Indian journal of veterinary science and animal husbandry - Volume 1,
Year: 1931
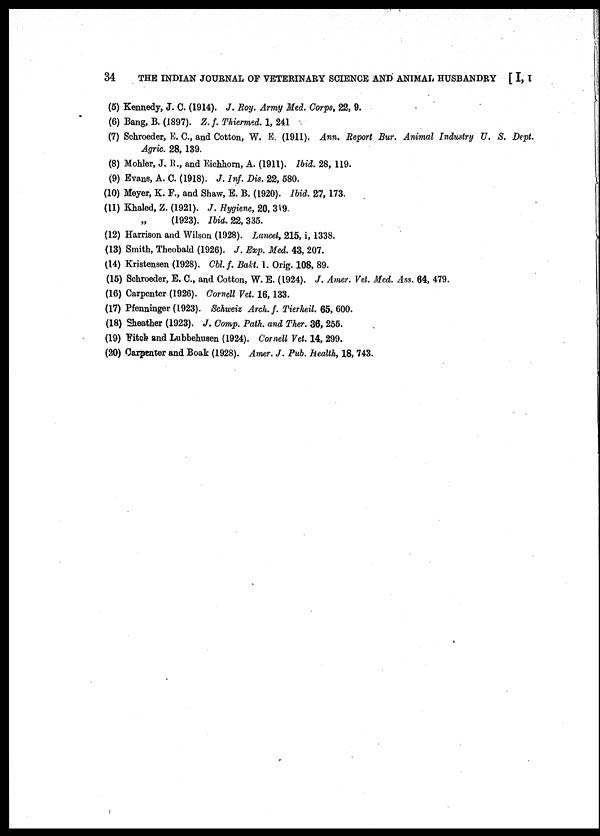
34 THE INDIAN JOURNAL OF VETERINARY SCIENCE AND ANIMAL HUSBANDRY [ I, I
(5) Kennedy, J. C. (1914). J. Roy. Army Med. Corps, 22, 9.
(6) Bang, B. (1897). Z. f. Thiermed. 1, 241
(7) Schroeder, E. C., and Cotton, W. E. (1911). Ann. Report Bur. Animal Industry U. S. Dept.
Agric. 28, 139.
(8) Mohler, J. R., and Eichhorn, A. (1911). Ibid. 28, 119.
(9) Evans, A. C. (1918). J. Inf. Dis. 22, 580.
(10) Meyer, K. F., and Shaw, E. B. (1920). Ibid. 27, 173.
(11) Khaled, Z. (1921). J. Hygiene, 20, 319.
„ (1923). Ibid. 22, 335.
(12) Harrison and Wilson (1928). Lancet, 215, i, 1338.
(13) Smith, Theobald (1926). J. Exp. Med. 43, 207.
(14) Kristensen (1928). Cbl. f. Bakt. 1. Orig. 108, 89.
(15) Schroeder, E. C., and Cotton, W. E. (1924). J. Amer. Vet. Med. Ass. 64, 479.
(16) Carpenter (1926). Cornell Vet. 16, 133.
(17) Pfenninger (1923). Schweiz Arch. f. Tierheil. 65, 600.
(18) Sheather (1923). J. Comp. Path. and Ther. 36, 255.
(19) Fitch and Lubbehusen (1924). Cornell Vet. 14, 299.
(20) Carpenter and Boak (1928). Amer. J. Pub. health, 18, 743.